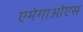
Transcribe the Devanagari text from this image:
एमेगाओएस